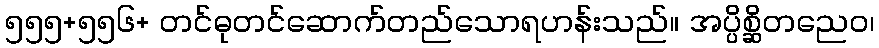
၅၅၅+၅၅၆+ တင်ဓုတင်ဆောက်တည်သောရဟန်းသည်။ အပ္ပိစ္ဆိတညေဝ၊